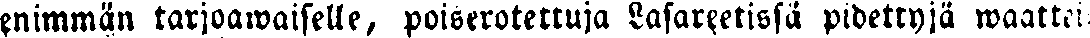
enimmän tarjoawaiselle, poiserotettuja Lasareetissä pidettyjä waattei-